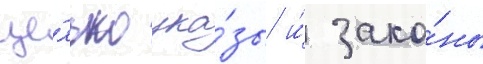
це́лью ука́зы и́ зако́ны